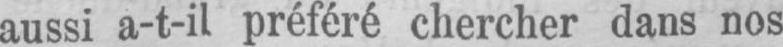
aussi a-t-il préféré chercher dans nos